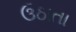
ઉઠાતા